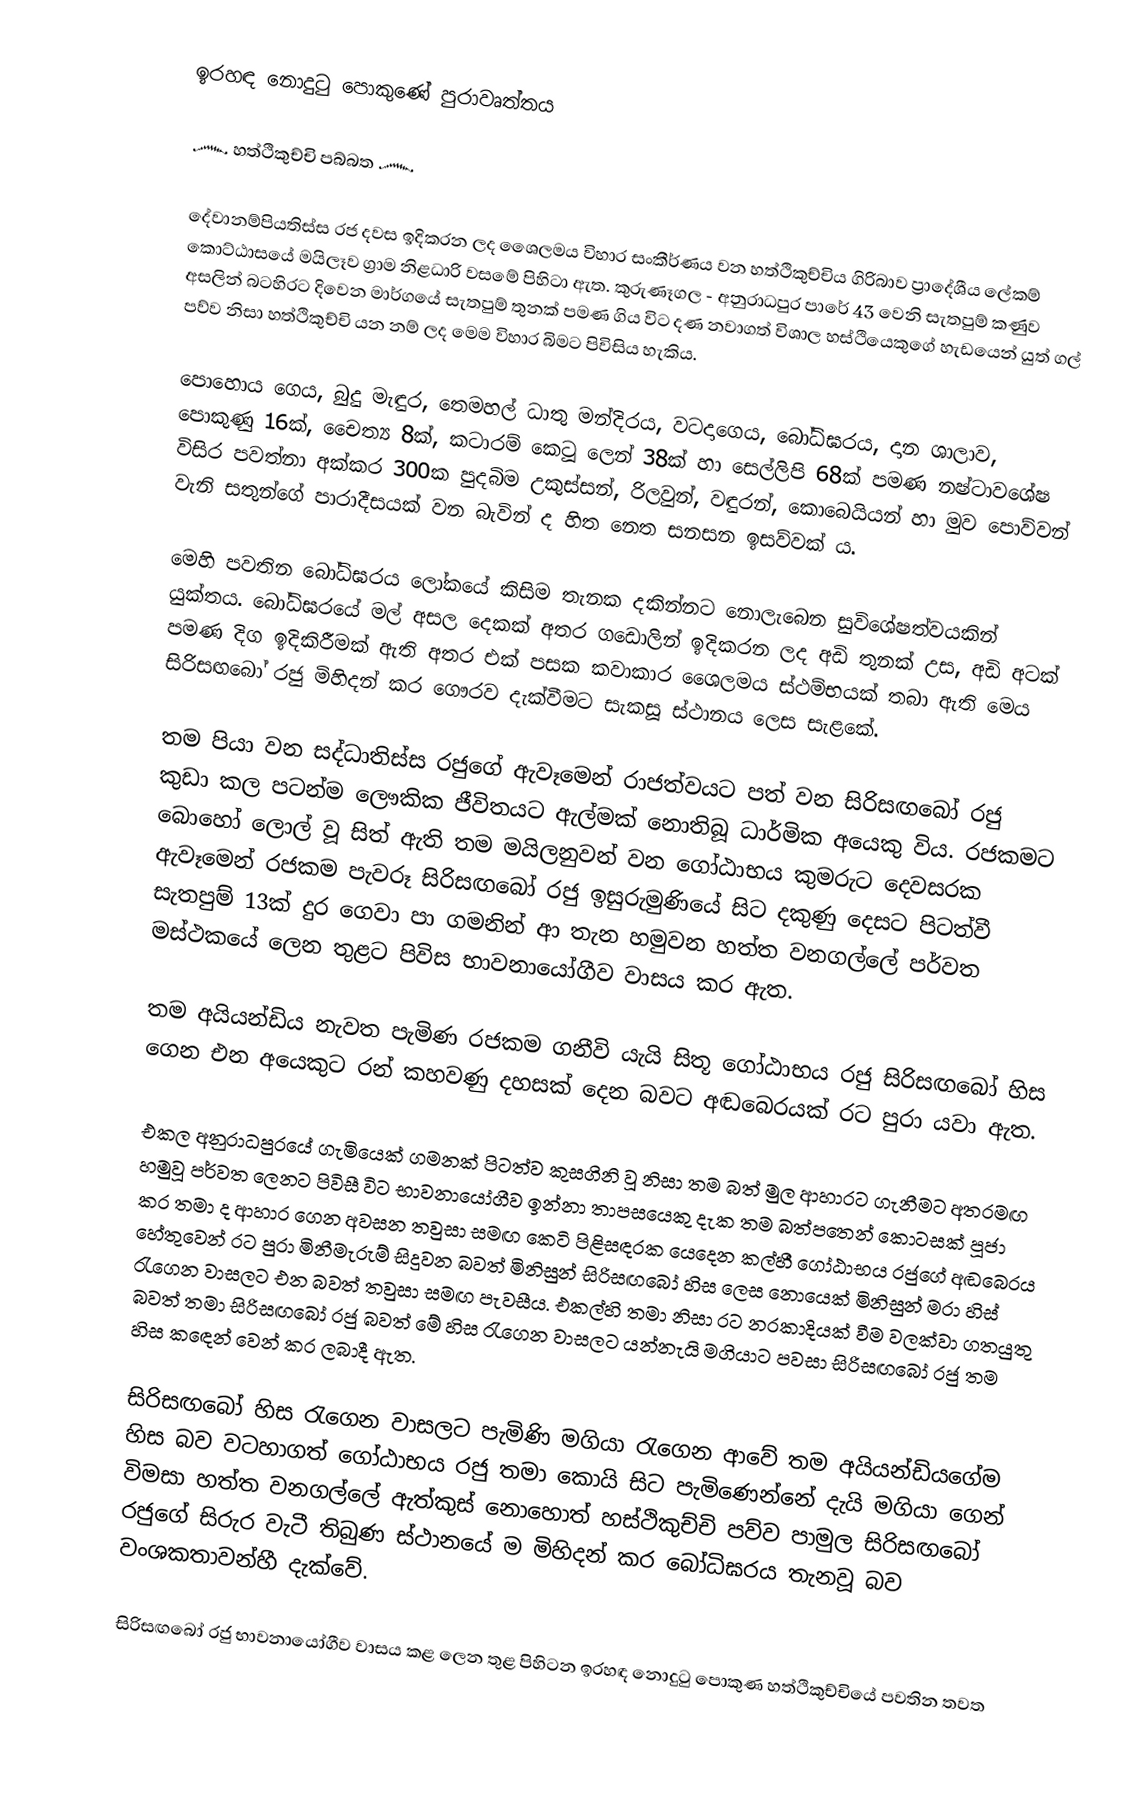
ඉරහඳ නොදුටු පොකුණේ පුරාවෘත්තය

      ෴ හත්ථිකුච්චි පබ්බත ෴

   දේවානම්පියතිස්ස රජ දවස ඉදිකරන ලද ශෛලමය විහාර සංකීර්ණය වන හත්ථිකුච්චිය ගිරිබාව ප්‍රාදේශීය ලේකම් කොට්ඨාසයේ මයිලෑව ග්‍රාම නිළධාරි වසමේ පිහිටා ඇත. කුරුණෑගල - අනුරාධපුර පාරේ 43 වෙනි සැතපුම් කණුව අසලින් බටහිරට දිවෙන මාර්ගයේ සැතපුම් තුනක් පමණ ගිය විට දණ නවාගත් විශාල හස්ථියෙකුගේ හැඩයෙන් යුත් ගල් පව්ව නිසා හත්ථිකුච්චි යන නම් ලද මෙම විහාර බිමට පිවිසිය හැකිය.

   පොහොය ගෙය, බුදු මැඳුර, තෙමහල් ධාතු මන්දිරය, වටදාගෙය, බෝධිඝරය, දාන ශාලාව, පොකුණු 16ක්, චෛත්‍ය 8ක්, කටාරම් කෙටූ ලෙන් 38ක් හා සෙල්ලිපි 68ක් පමණ නෂ්ටාවශේෂ විසිර පවත්නා අක්කර 300ක පුදබිම උකුස්සන්, රිලවුන්, වඳුරන්, කොබෙයියන් හා මුව පොව්වන් වැනි සතුන්ගේ පාරාදීසයක් වන බැවින් ද හිත නෙත සනසන ඉසව්වක් ය.

   මෙහි පවතින බෝධිඝරය ලෝකයේ කිසිම තැනක දකින්නට නොලැබෙන සුවිශේෂත්වයකින් යුක්තය. බෝධිඝරයේ මල් අසල දෙකක් අතර ගඩොලින් ඉදිකරන ලද අඩි තුනක් උස, අඩි අටක් පමණ දිග ඉදිකිරීමක් ඇති අතර එක් පසක කවාකාර ශෛලමය ස්ථම්භයක් තබා ඇති මෙය සිරිසඟබෝ රජු මිහිදන් කර ගෞරව දැක්වීමට සැකසූ ස්ථානය ලෙස සැළකේ.

   තම පියා වන සද්ධාතිස්ස රජුගේ ඇවෑමෙන් රාජත්වයට පත් වන සිරිසඟබෝ රජු කුඩා කල පටන්ම ලෞකික ජීවිතයට ඇල්මක් නොතිබූ ධාර්මික අයෙකු විය. රජකමට බොහෝ ලොල් වූ සිත් ඇති තම මයිලනුවන් වන ගෝඨාභය කුමරුට දෙවසරක ඇවෑමෙන් රජකම පැවරූ සිරිසඟබෝ රජු ඉසුරුමුණියේ සිට දකුණු දෙසට පිටත්වී සැතපුම් 13ක් දුර ගෙවා පා ගමනින් ආ තැන හමුවන හත්ත වනගල්ලේ පර්වත මස්ථකයේ ලෙන තුළට පිවිස භාවනායෝගීව වාසය කර ඇත.

තම අයියන්ඩිය නැවත පැමිණ රජකම ගනීවි යැයි සිතූ ගෝඨාභය රජු සිරිසඟබෝ හිස ගෙන එන අයෙකුට රන් කහවණු දහසක් දෙන බවට අඬබෙරයක් රට පුරා යවා ඇත.

එකල අනුරාධපුරයේ ගැමියෙක් ගමනක් පිටත්ව කුසගිනි වූ නිසා තම බත් මුල ආහාරට ගැනීමට අතරමඟ හමුවූ පර්වත ලෙනට පිවිසී විට භාවනායෝගීව ඉන්නා තාපසයෙකු දැක තම බත්පතෙන් කොටසක් පූජා කර තමා ද ආහාර ගෙන අවසන තවුසා සමඟ කෙටි පිළිසඳරක යෙදෙන කල්හී ගෝඨාභය රජුගේ අඬබෙරය හේතුවෙන් රට පුරා මිනීමැරුම් සිදුවන බවත් මිනිසුන් සිරිසඟබෝ හිස ලෙස නොයෙක් මිනිසුන් මරා හිස් රැගෙන වාසලට එන බවත් තවුසා සමඟ පැවසීය. එකල්හි තමා නිසා රට නරකාදියක් වීම වලක්වා ගතයුතු බවත් තමා සිරිසඟබෝ රජු බවත් මේ හිස රැගෙන වාසලට යන්නැයි මගියාට පවසා සිරිසඟබෝ රජු තම හිස කඳෙන් වෙන් කර ලබාදී ඇත.

සිරිසඟබෝ හිස රැගෙන වාසලට පැමිණි මගියා රැගෙන ආවේ තම අයියන්ඩියගේම හිස බව වටහාගත් ගෝඨාභය රජු තමා කොයි සිට පැමිණෙන්නේ දැයි මගියා ගෙන් විමසා හත්ත වනගල්ලේ ඇත්කුස් නොහොත් හස්ථිකුච්චි පව්ව පාමුල සිරිසඟබෝ රජුගේ සිරුර වැටී තිබුණ ස්ථානයේ ම මිහිදන් කර බෝධිඝරය තැනවූ බව වංශකතාවන්හී දැක්වේ.

   සිරිසඟබෝ රජු භාවනායෝගීව වාසය කළ ලෙන තුළ පිහිටන ඉරහඳ නොදුටු පොකුණ හත්ථිකුච්චියේ පවතින තවත